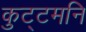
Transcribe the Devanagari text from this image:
कुट्टमनि